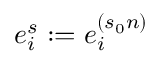
e _ { i } ^ { s } : = e _ { i } ^ { ( s _ { 0 } n ) }